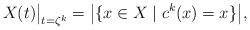
LaTeX: \begin{align*}X(t)\big|_{t=\zeta^k}=\big|\{x\in X \mid c^k(x)=x\}\big|,\end{align*}